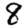
Digit: 8